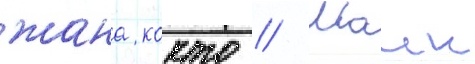
жана кокто // Маик